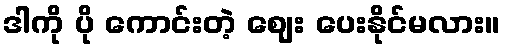
ဒါကို ပို ကောင်းတဲ့ ဈေး ပေးနိုင်မလား။